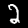
Label: 2